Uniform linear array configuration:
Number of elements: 48
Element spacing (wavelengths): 0.5
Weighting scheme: exponential
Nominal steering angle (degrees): -15
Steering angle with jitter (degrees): -15.413
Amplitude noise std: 0.05
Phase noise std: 0.05

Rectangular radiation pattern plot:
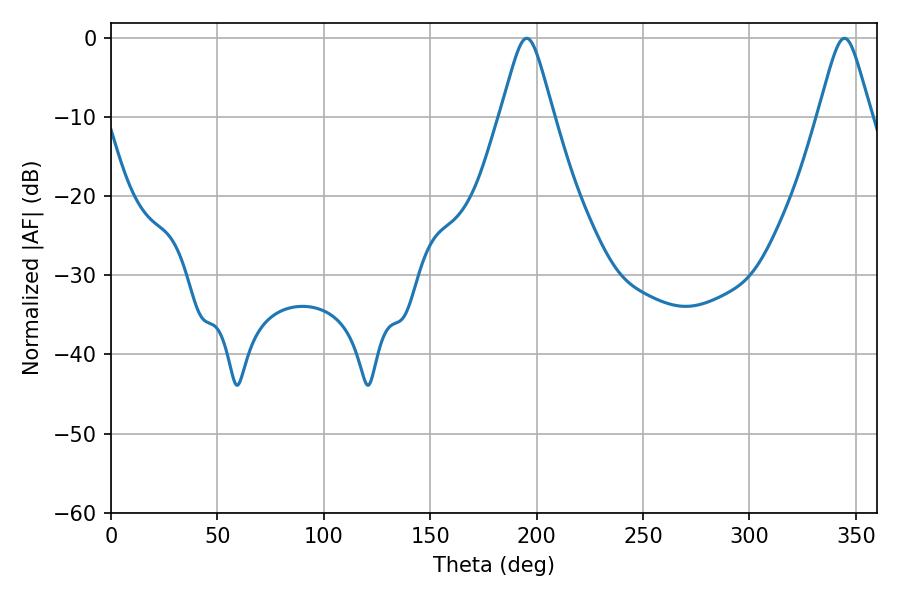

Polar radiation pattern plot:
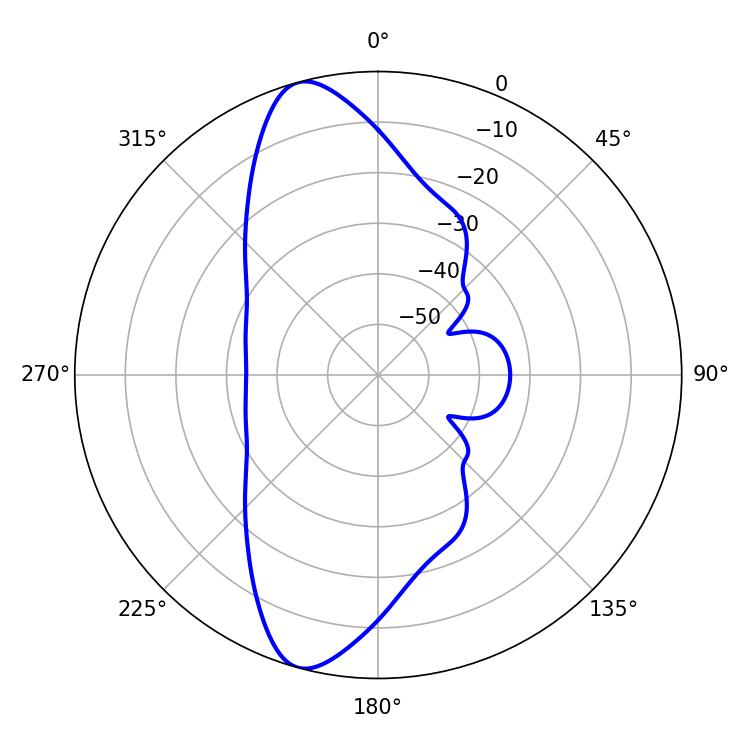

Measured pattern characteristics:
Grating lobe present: FALSE
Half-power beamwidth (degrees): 11.88
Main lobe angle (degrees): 344.7